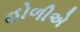
હોળીએ